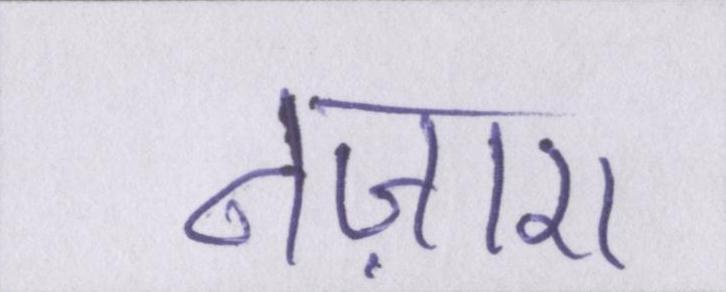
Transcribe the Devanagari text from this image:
नज़ारा